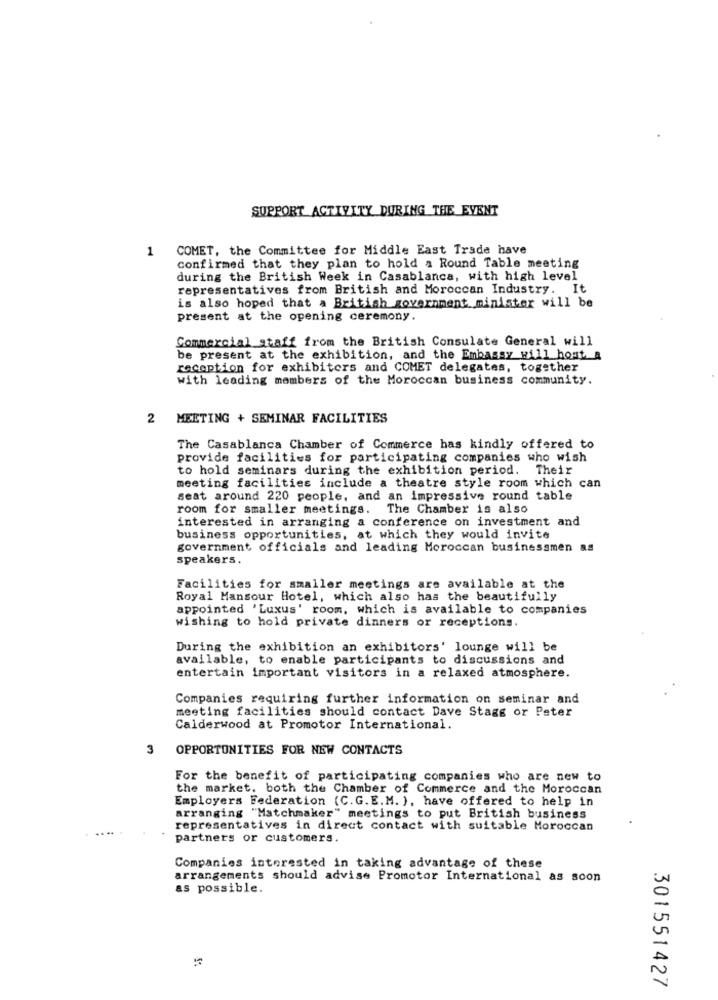
SUPPORT ACTIVITY DURING THE EVENT
COMET, the Committee for Middle East Trade have
confirmed that they plan to hold a Round Table meeting
during the British Week in Casablanca, with high level
representatives from British and Moroccan Industry. It
is also hoped that a British government. minister will be
present at the opening ceremony.
Commercial staff from the British Consulate General will
be present at the exhibition, and the Embassy will host a
reception for exhibitors and COMET delegates, together
with leading members of the Moroccan business community.
2 MEETING + SEMINAR FACILITIES
The Casablanca Chamber of Commerce has kindly offered to
provide facilities for participating companies who wish
to hold seminars during the exhibition period. Their
meeting facilities include a theatre style room which can
seat around 220 people, and an impressive round table
room for smaller meetings. The Chamber is also
interested in arranging a conference on investment and
business opportunities, at which they would invite
government officials and leading Moroccan businessmen as
speakers.
Facilities for smaller meetings are available at the
Royal Mansour Hotel, which also has the beautifully
appointed 'Luxus' room, which is available to companies
wishing to hold private dinners or receptions.
During the exhibition an exhibitors' lounge will be
available, to enable participants to discussions and
entertain important visitors in a relaxed atmosphere.
Companies requiring further information on seminar and
meeting facilities should contact Dave Stage or Peter
Calderwood at Promotor International.
3
OPPORTUNITIES FOR NEW CONTACTS
For the benefit of participating companies who are new to
the market, both the Chamber of Commerce and the Moroccan
Employers Federation (C.G.E. M. ), have offered to help in
arranging "Matchmaker" meetings to put British business
representatives in direct contact with suitable Moroccan
partners or customers.
Companies interested in taking advantage of these
arrangements should advise Promotor International as soon
as possible.
301551427